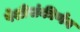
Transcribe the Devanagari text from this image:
पेशीसंकीर्णन